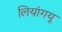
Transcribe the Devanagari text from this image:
लियांगयू